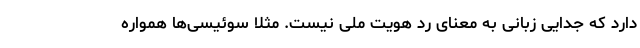
دارد که جدایی زبانی به معنای رد هویت ملی نیست. مثلا سوئیسی‌ها همواره